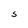
Character: S